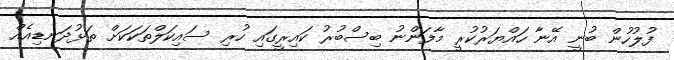
ފުލުހުން ބުނީ އޭނާ ހައްޔަރުކުރީ މާފަންނު ބިސްބުރު ކައިރީގައި ހުރި ސައިކަލްތަކަކަށް ތަޅުދަނޑިއެއް